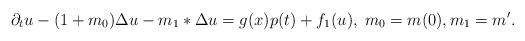
LaTeX: \begin{align*}\partial_t u - (1+m_0) \Delta u - m_1*\Delta u & = g(x)p(t) + f_1(u), \;m_0=m(0), m_1=m'.\end{align*}